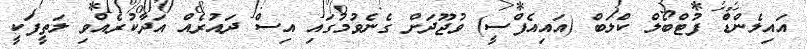
އައިލެންޑް ފުޓްބޯލް ކްލަބް (އައިއެފްސީ) ވުޖޫދަށް ގެނެވުމުގައި އިސް ދައުރެއް އަދާކުރެއްވި ލަތީފަކީ